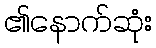
၏နောက်ဆုံး